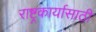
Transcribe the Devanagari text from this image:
राष्ट्रकार्यासाठी